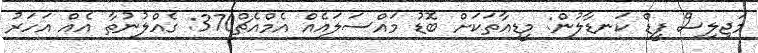
މަޖިލިސް ފީޑް ކަނޑާލުން: މީޑިއާތަކަށް ބޮޑު މައްސަލައެއް އެމްއެޗް370: ގެއްލުނުތާ އެއް އަހަރު